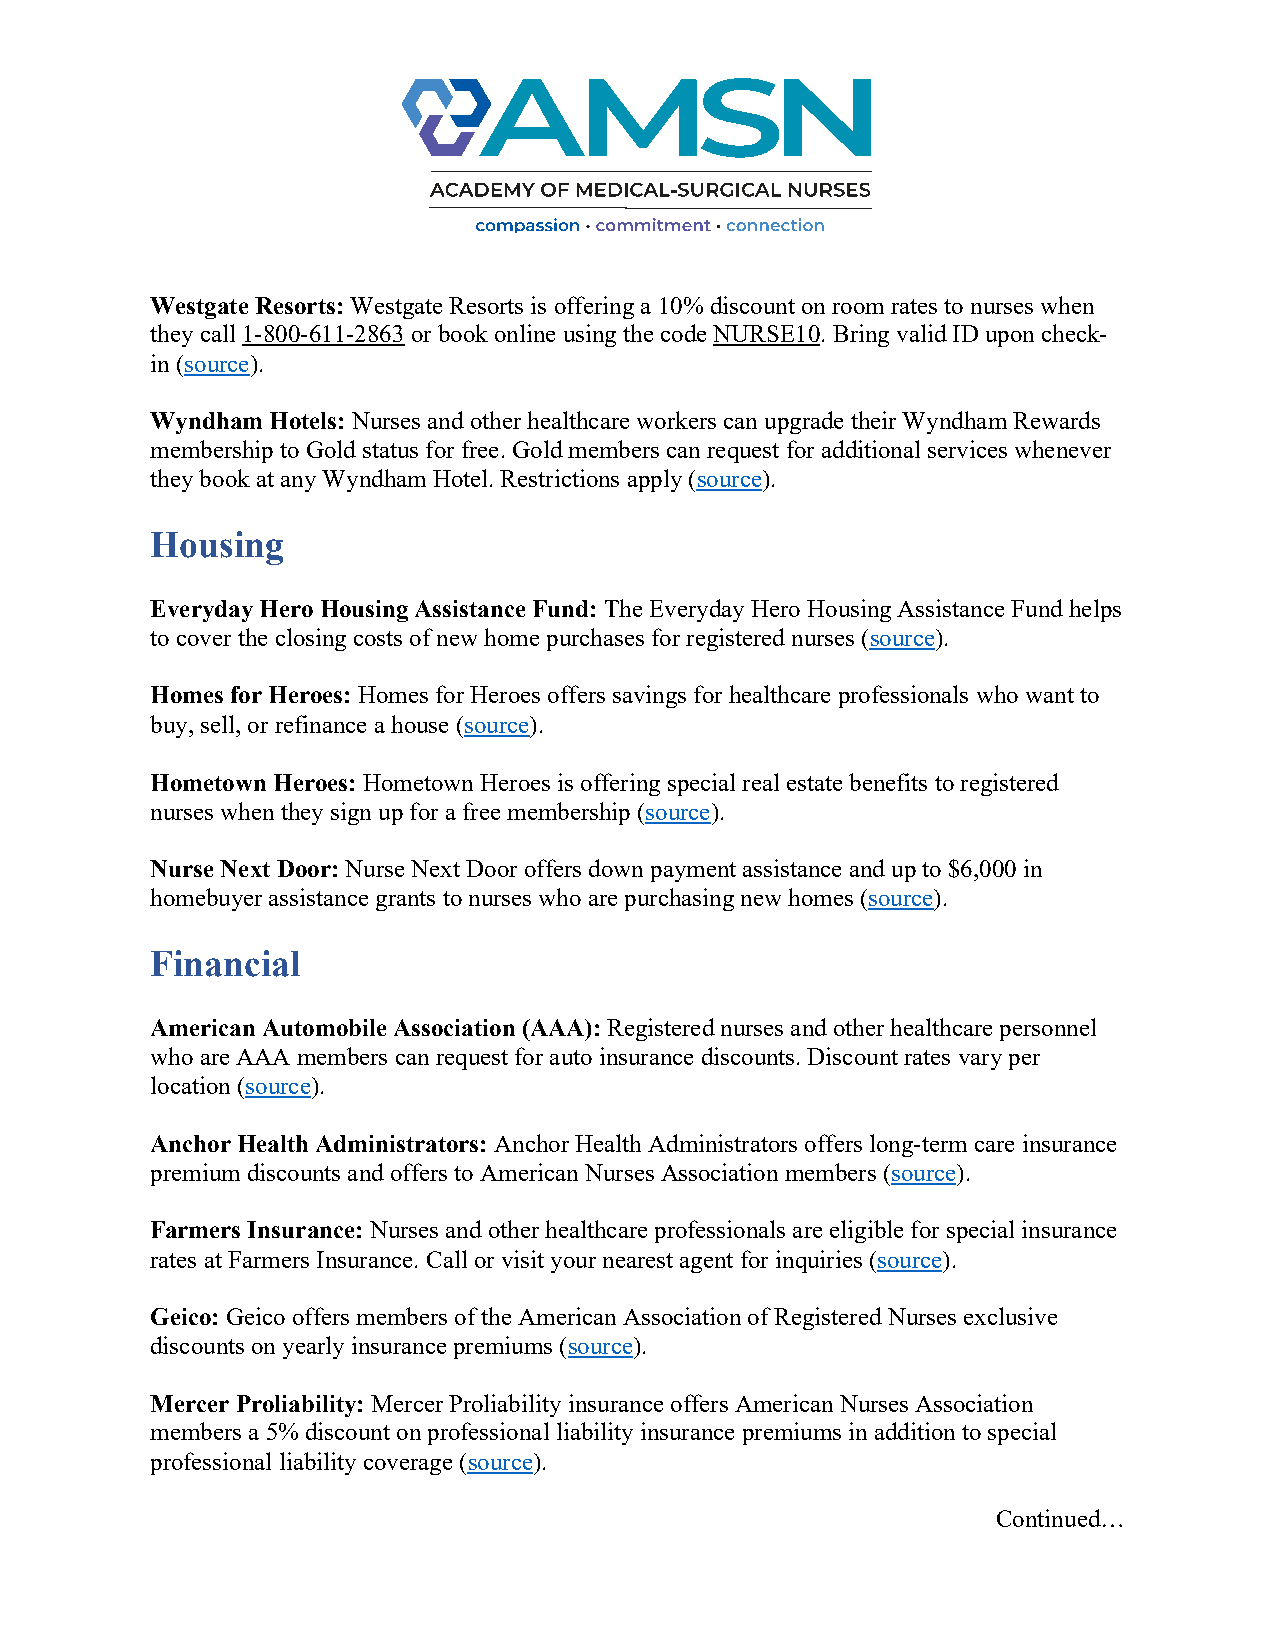
Westgate Resorts: Westgate Resorts is offering a 10% discount on room rates to nurses when
 they call 1-800-611-2863 or book online using the code NURSE10. Bring valid ID upon check-
 in (source).
 Wyndham Hotels: Nurses and other healthcare workers can upgrade their Wyndham Rewards
 membership to Gold status for free. Gold members can request for additional services whenever
 they book at any Wyndham Hotel. Restrictions apply (source).
 Housing
 Everyday Hero Housing Assistance Fund: The Everyday Hero Housing Assistance Fund helps
 to cover the closing costs of new home purchases for registered nurses (source).
 Homes for Heroes: Homes for Heroes offers savings for healthcare professionals who want to
 buy, sell, or refinance a house (source).
 Hometown Heroes: Hometown Heroes is offering special real estate benefits to registered
 nurses when they sign up for a free membership (source).
 Nurse Next Door: Nurse Next Door offers down payment assistance and up to $6,000 in
 homebuyer assistance grants to nurses who are purchasing new homes (source).
 Financial
 American Automobile Association (AAA): Registered nurses and other healthcare personnel
 who are AAA members can request for auto insurance discounts. Discount rates vary per
 location (source).
 Anchor Health Administrators: Anchor Health Administrators offers long-term care insurance
 premium discounts and offers to American Nurses Association members (source).
 Farmers Insurance: Nurses and other healthcare professionals are eligible for special insurance
 rates at Farmers Insurance. Call or visit your nearest agent for inquiries (source).
 Geico: Geico offers members of the American Association of Registered Nurses exclusive
 discounts on yearly insurance premiums (source).
 Mercer Proliability: Mercer Proliability insurance offers American Nurses Association
 members a 5% discount on professional liability insurance premiums in addition to special
 professional liability coverage (source).
 Continued…